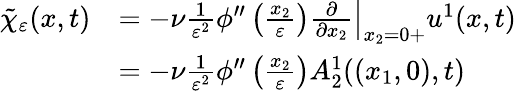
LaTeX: \begin{array}{rl}{\tilde{\chi}_{\varepsilon}(x,t)}&{=-\nu\frac{1}{\varepsilon^{2}}\phi^{\prime\prime}\left(\frac{x_{2}}{\varepsilon}\right)\left.\frac{\partial}{\partial x_{2}}\right|_{x_{2}=0+}u^{1}(x,t)}\\ &{=-\nu\frac{1}{\varepsilon^{2}}\phi^{\prime\prime}\left(\frac{x_{2}}{\varepsilon}\right)A_{2}^{1}((x_{1},0),t)}\end{array}